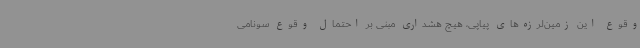
وقوع این زمین‌لرزه‌های پیاپی، هیچ هشداری مبنی بر احتمال وقوع سونامی